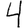
Digit: 4